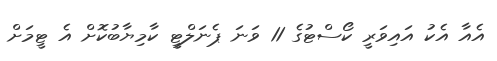
އެއާ އެކު އައިވަރީ ކޯސްޓުގެ 11 ވަނަ ޕެނަލްޓީ ކާމިޔާބުކޮށް އެ ޓީމަށް